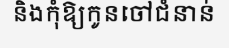
និងកុំឱ្យកូនចៅជំនាន់